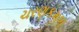
ચરણકમળ